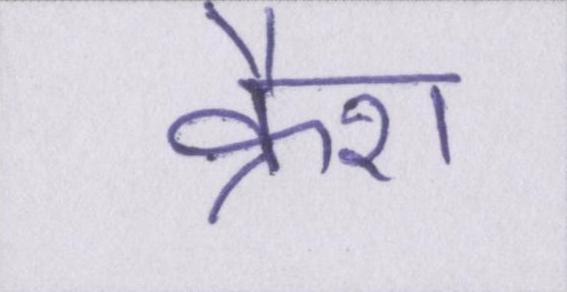
क्रैश